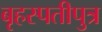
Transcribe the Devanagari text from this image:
बृहस्पतीपुत्र